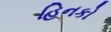
હિનકો